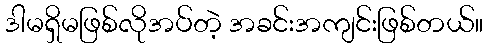
ဒါမရှိမဖြစ်လိုအပ်တဲ့ အခင်းအကျင်းဖြစ်တယ်။